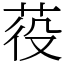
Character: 䓈